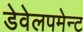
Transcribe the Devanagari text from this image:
डेवेलपमेन्ट